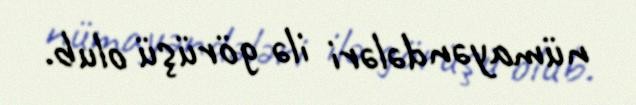
nümayəndələri ilə görüşü olub.